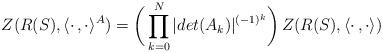
LaTeX: \begin{align*}Z(R(S),\langle\cdot\,,\cdot\rangle^A)=\biggl(\,\prod_{k=0}^N|det(A_k)|^{(-1)^k}\biggr)\,Z(R(S),\langle\cdot\,,\cdot\rangle)\end{align*}